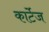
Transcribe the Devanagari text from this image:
कार्टेज